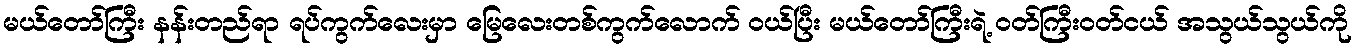
မယ်တော်ကြီး နန်းတည်ရာ ရပ်ကွက်လေးမှာ မြေလေးတစ်ကွက်လောက် ဝယ်ပြီး မယ်တော်ကြီးရဲ့ ဝတ်ကြီးဝတ်ငယ် အသွယ်သွယ်ကို